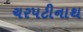
ચરપટીનાથ